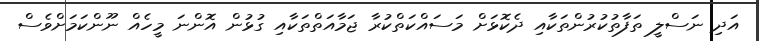
އަދި ނަސްލީ ތަފާތުކުރުންތަކާއި ދެކޮޅަށް މަސައްކަތްކުރާ ޖަމާއަތްތަކާއި ގުޅުން އޮންނަ މީހެއް ނޫންކަމަށްވެސް